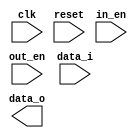
module MAR(clk, reset, in_en, out_en, data_i, data_o);
input clk, reset, in_en, out_en;
input [15:0] data_i;
output reg[15:0] data_o;

reg[15:0] register;

always@(posedge clk or posedge reset)
begin
  if(reset) register <= 0;
  else if(in_en) register <= data_i;
  else if(out_en) data_out <= register;
end

endmodule